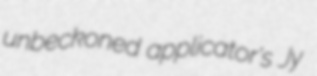
unbeckoned applicator's Jy